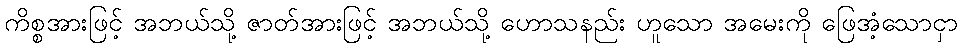
ကိစ္စအားဖြင့် အဘယ်သို့ ဇာတ်အားဖြင့် အဘယ်သို့ ဟောသနည်း ဟူသော အမေးကို ဖြေအံ့သောငှာ